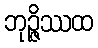
ဘုဉ္ဇိဿထ